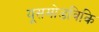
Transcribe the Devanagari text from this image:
यूसमोडविकि